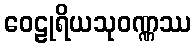
ဝေဠုရိယသုဝဏ္ဏဿ